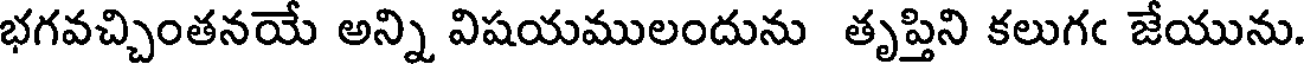
భగవచ్చింతనయే అన్ని విషయములందును తృప్తిని కలుగఁ జేయును.